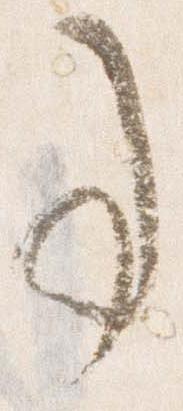
事